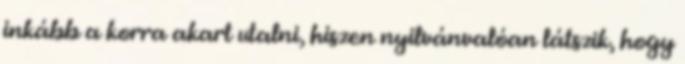
inkább a korra akart utalni, hiszen nyilvánvalóan látszik, hogy